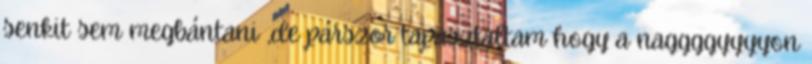
senkit sem megbántani ,de párszor tapasztaltam hogy a naggggyyyyon